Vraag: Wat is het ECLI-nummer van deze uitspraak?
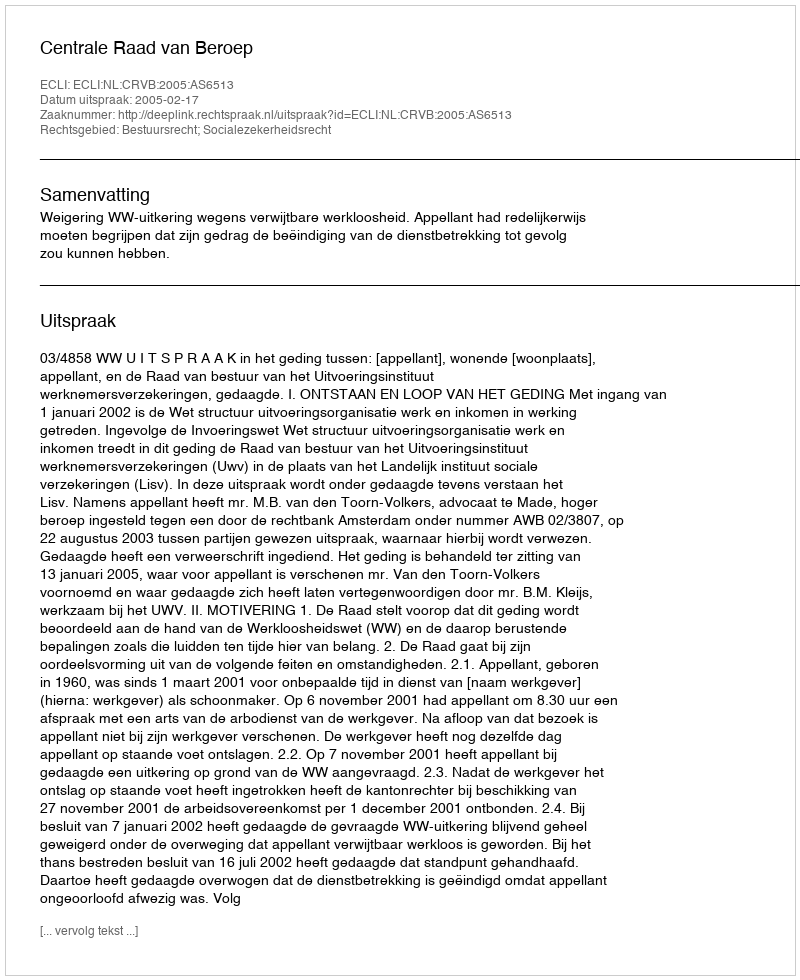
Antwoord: ECLI:NL:CRVB:2005:AS6513